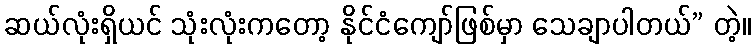
ဆယ်လုံးရှိယင် သုံးလုံးကတော့ နိုင်ငံကျော်ဖြစ်မှာ သေချာပါတယ်” တဲ့။